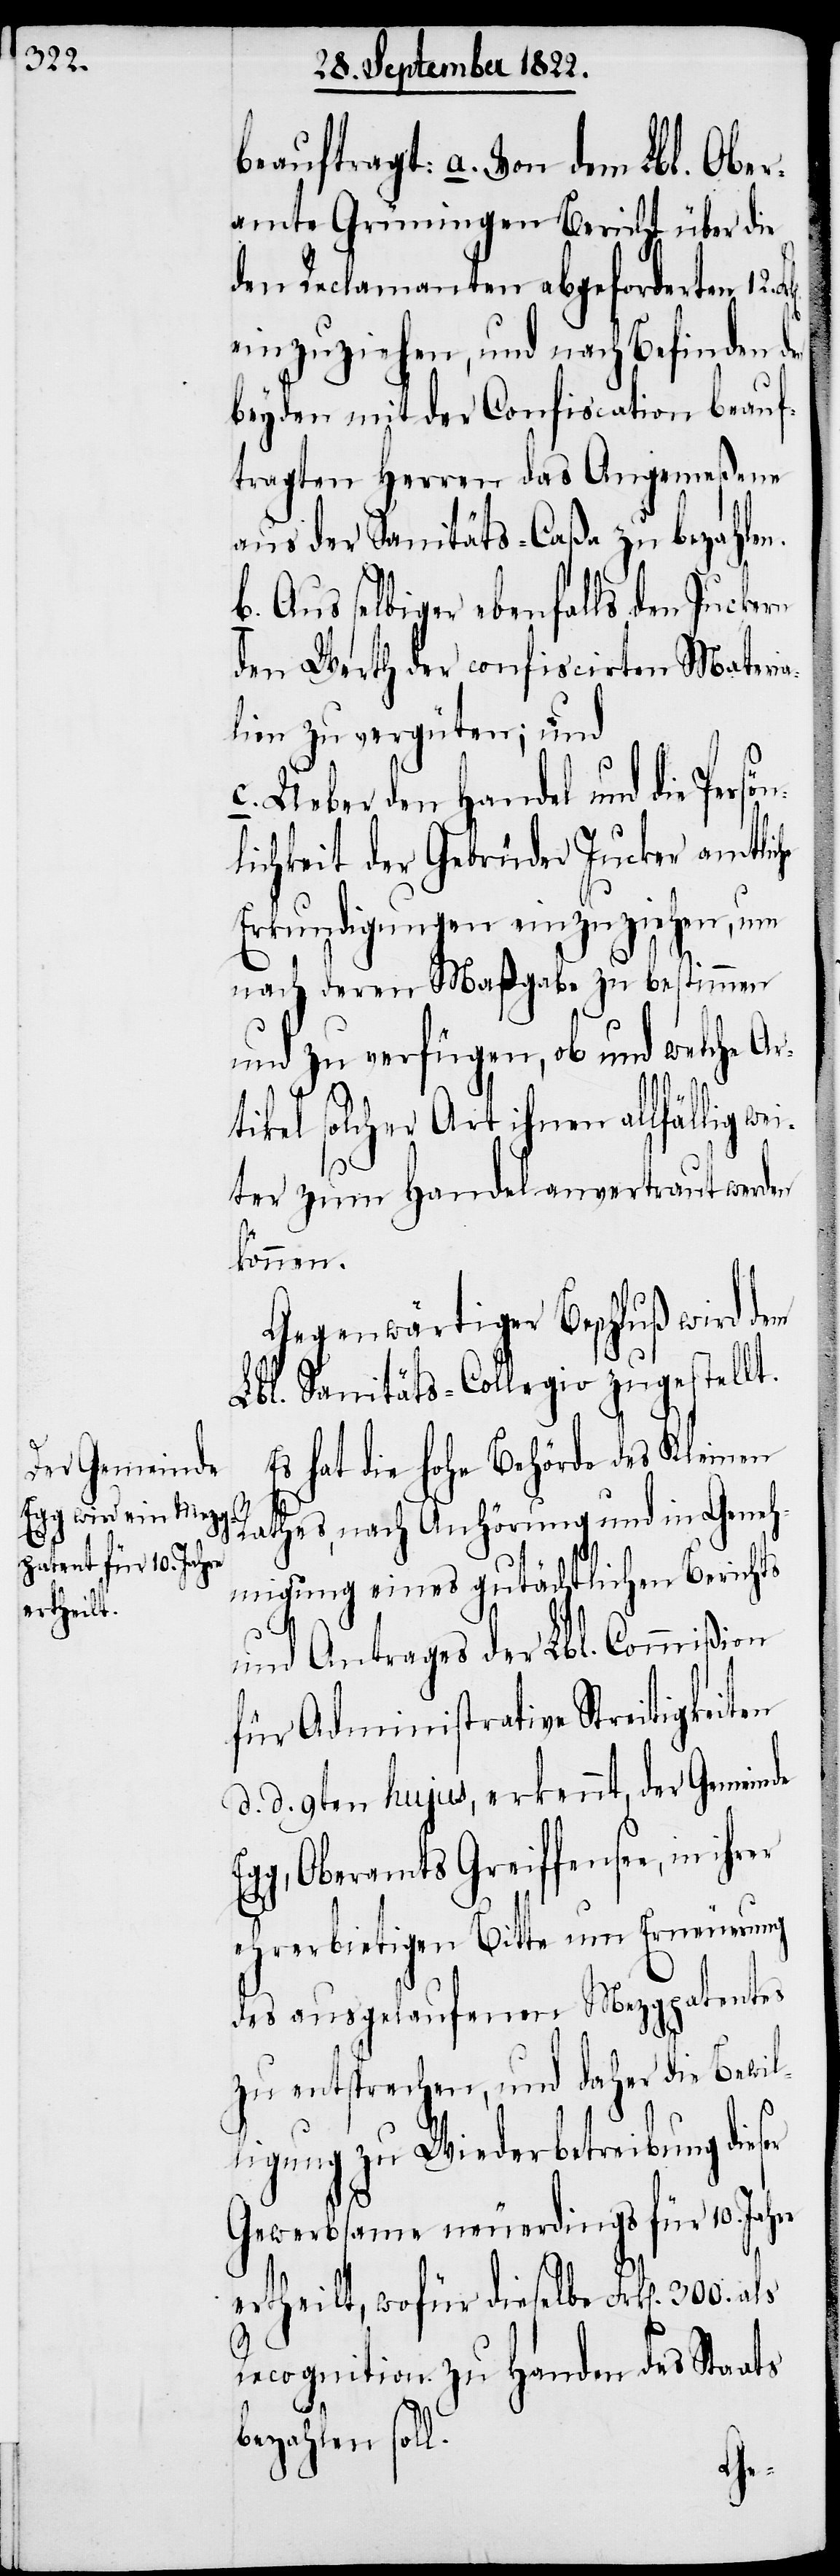
den
der Gemeinde
etheilt,

beauftragt: a. Von dem Lbl. Ober¬
amte Grüningen Bericht über die
den Reclamanten abgeforderten 12.
einzuziehen, und nach Befinden d¬
beyden mit der Confiscation beauf¬
tragten Herren das Angemeßene
aus der Sanitäts-Caßa zu bezahlen.
b. Aus selbiger ebenfalls den Juckern
den Werth der confiscirten Materia¬
lien zu vergüten; und
c. Ueber den Handel und die Per¬
lichkeit der Gebrüder Jucker amtlic¬
Erkundigungen einzuziehen, um
nach deren Maßgabe zu bestimmen
und zu verfügen, ob und welche Ar¬
tikel solcher Art ihnen allfällig we¬
iter zum Handel anvertraut werden
kann.
Gegenwärtiger Beschluß wird der
Lbl. Sanitäts-Collegio zugestell¬
Es hat die Hohe Behörde des Kleinen
Rathes, nach Anhörung und in Geneh¬
migung eines gutächtlichen Berichts
und Antrages der Lbl. Commißion
für Administrative Streitigkeite¬
d. d. 9ten hujus, erkennt, der Gemeinde
Lbl. Oberamte Greiffensee zu Han¬
ehrerbietigen Bitte um Erneuerung
des ausgelaufenen Mezgpatentes
zu entsprechen, und daher die Bewil¬
ligung zu Wiederbetreibung dieser
Gewerbsame neuerdings für 10. Jahre
ertheilt, wofür dieselbe Frk[en].
Recognition zu Handen des Staats
bezahlen soll.
einer